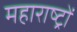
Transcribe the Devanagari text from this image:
महाराष्ट्रों